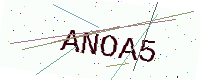
Text: ANOA5